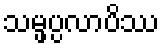
သမ္ဖပ္ပလာပိဿ